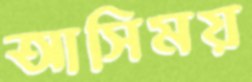
আসিময়